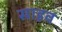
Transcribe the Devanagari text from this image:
साहव